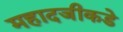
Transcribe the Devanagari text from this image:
महादजीकडे